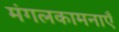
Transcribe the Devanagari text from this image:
मंगलकामनाएँ